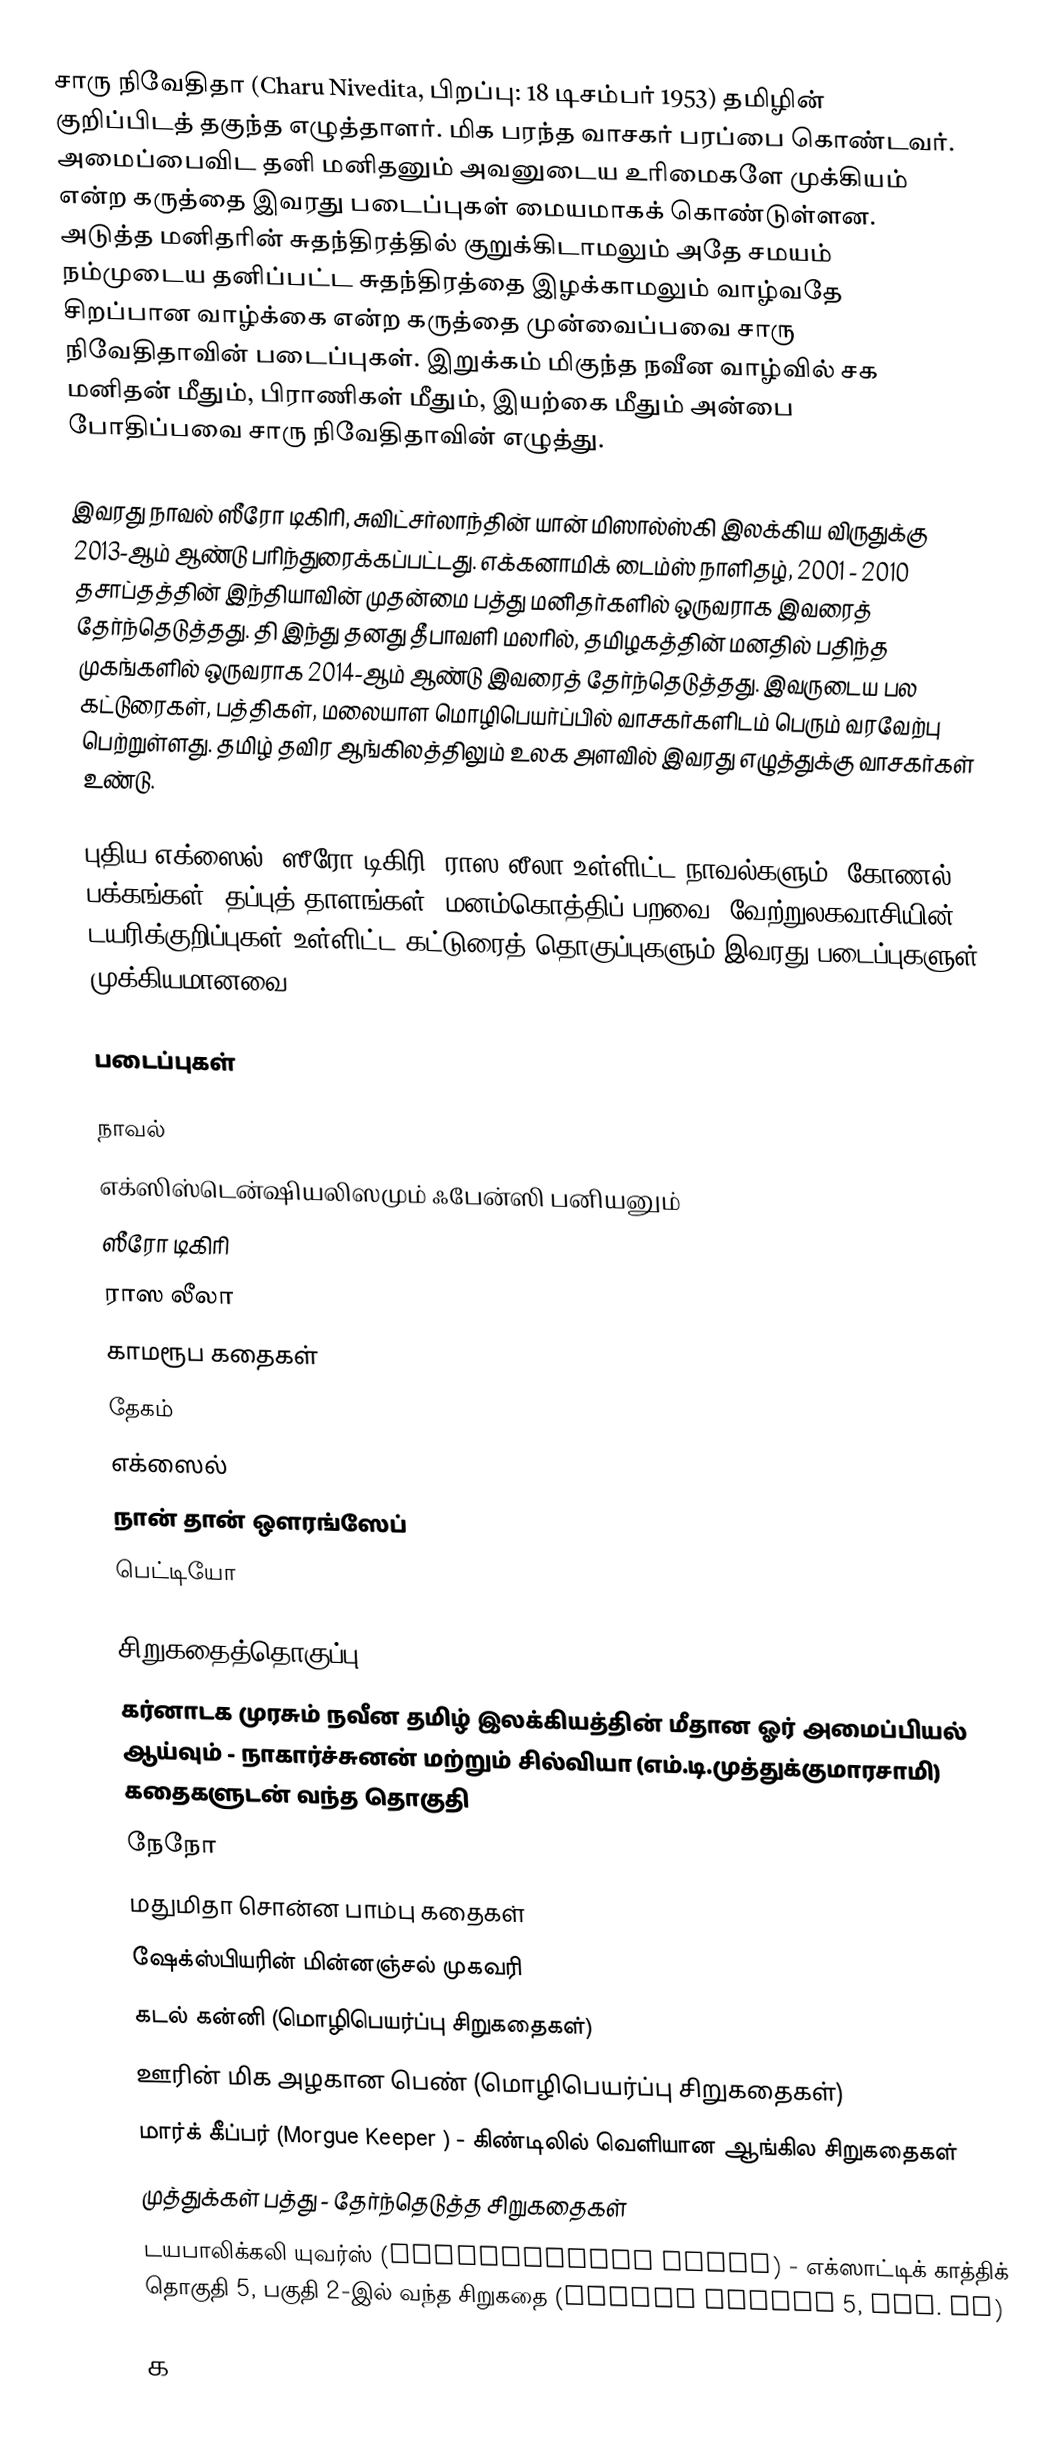
சாரு நிவேதிதா (Charu Nivedita, பிறப்பு: 18 டிசம்பர் 1953) தமிழின் குறிப்பிடத் தகுந்த எழுத்தாளர். மிக பரந்த வாசகர் பரப்பை கொண்டவர். அமைப்பைவிட தனி மனிதனும் அவனுடைய உரிமைகளே முக்கியம் என்ற கருத்தை இவரது படைப்புகள் மையமாகக் கொண்டுள்ளன. அடுத்த மனிதரின் சுதந்திரத்தில் குறுக்கிடாமலும் அதே சமயம் நம்முடைய தனிப்பட்ட சுதந்திரத்தை இழக்காமலும் வாழ்வதே சிறப்பான வாழ்க்கை என்ற கருத்தை  முன்வைப்பவை சாரு நிவேதிதாவின் படைப்புகள்.  இறுக்கம் மிகுந்த நவீன வாழ்வில் சக மனிதன் மீதும், பிராணிகள் மீதும், இயற்கை மீதும் அன்பை போதிப்பவை சாரு நிவேதிதாவின் எழுத்து.

இவரது நாவல் ஸீரோ டிகிரி, சுவிட்சர்லாந்தின் யான் மிஸால்ஸ்கி இலக்கிய விருதுக்கு  2013-ஆம் ஆண்டு பரிந்துரைக்கப்பட்டது. எக்கனாமிக் டைம்ஸ் நாளிதழ், 2001 - 2010 தசாப்தத்தின்  இந்தியாவின் முதன்மை பத்து மனிதர்களில் ஒருவராக இவரைத் தேர்ந்தெடுத்தது. தி இந்து தனது தீபாவளி மலரில்,  தமிழகத்தின் மனதில் பதிந்த முகங்களில் ஒருவராக 2014-ஆம் ஆண்டு இவரைத் தேர்ந்தெடுத்தது. இவருடைய பல கட்டுரைகள், பத்திகள், மலையாள மொழிபெயர்ப்பில் வாசகர்களிடம் பெரும் வரவேற்பு பெற்றுள்ளது. தமிழ் தவிர ஆங்கிலத்திலும் உலக அளவில் இவரது எழுத்துக்கு வாசகர்கள் உண்டு.

புதிய எக்ஸைல், ஸீரோ டிகிரி, ராஸ லீலா உள்ளிட்ட நாவல்களும், கோணல் பக்கங்கள், தப்புத் தாளங்கள், மனம்கொத்திப் பறவை, வேற்றுலகவாசியின் டயரிக்குறிப்புகள் உள்ளிட்ட கட்டுரைத் தொகுப்புகளும் இவரது படைப்புகளுள் முக்கியமானவை.

படைப்புகள்

நாவல்
 எக்ஸிஸ்டென்ஷியலிஸமும் ஃபேன்ஸி பனியனும்
 ஸீரோ டிகிரி
 ராஸ லீலா
 காமரூப கதைகள்
 தேகம்
 எக்ஸைல்
 நான் தான் ஔரங்ஸேப்
 பெட்டியோ

சிறுகதைத்தொகுப்பு
 கர்னாடக முரசும் நவீன தமிழ் இலக்கியத்தின் மீதான ஓர் அமைப்பியல் ஆய்வும் - நாகார்ச்சுனன் மற்றும் சில்வியா (எம்.டி.முத்துக்குமாரசாமி) கதைகளுடன் வந்த தொகுதி
நேநோ
 மதுமிதா சொன்ன பாம்பு கதைகள்
 ஷேக்ஸ்பியரின் மின்னஞ்சல் முகவரி
 கடல் கன்னி (மொழிபெயர்ப்பு சிறுகதைகள்)
 ஊரின் மிக அழகான பெண் (மொழிபெயர்ப்பு சிறுகதைகள்)
 மார்க் கீப்பர் (Morgue Keeper ) - கிண்டிலில் வெளியான ஆங்கில சிறுகதைகள்
 முத்துக்கள் பத்து - தேர்ந்தெடுத்த சிறுகதைகள்
 டயபாலிக்கலி யுவர்ஸ் (Diabolically Yours) -  எக்ஸாட்டிக் காத்திக் தொகுதி 5, பகுதி 2-இல் வந்த சிறுகதை (Exotic Gothic 5, Vol. II)

க